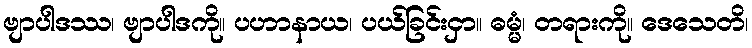
ဗျာပါဒဿ၊ ဗျာပါဒကို။ ပဟာနာယ၊ ပယ်ခြင်းငှာ။ ဓမ္မံ၊ တရားကို။ ဒေသေတိ၊